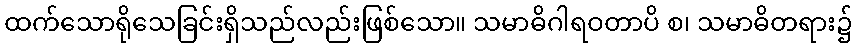
ထက်သောရိုသေခြင်းရှိသည်လည်းဖြစ်သော။ သမာဓိဂါရဝတာပိ စ၊ သမာဓိတရား၌